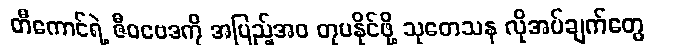
တီကောင်ရဲ့ ဇီဝဗေဒကို အပြည့်အဝ တုပနိုင်ဖို့ သုတေသန လိုအပ်ချက်တွေ